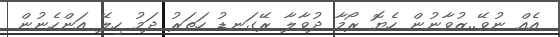
އެއް ނުވޭ..ޒުވާނުން ހެޔޮ ރޯމާ ދުވާލާ ރޭގަނޑު ހަތަރު ދަމު ހިލޭ އަންހެނުން